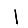
Digit: 1